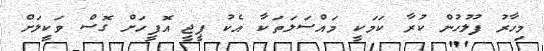
މިހާރު ފުލުހުން ކުރާ ކަމަކީ މައްސަލަތަކާ އެކު ޕީޖީ އޮފީހަށް ގޮސް ވަކީލަށް